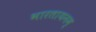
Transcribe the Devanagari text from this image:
भारतायनम्